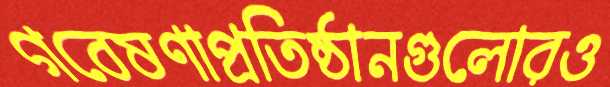
গবেষণাপ্রতিষ্ঠানগুলোরও